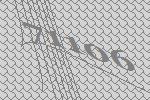
71106